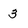
Character: 3